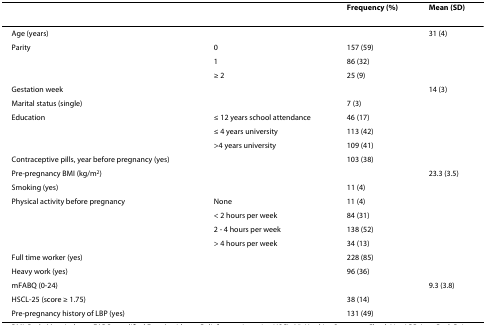
|  |  | Frequency (%) | Mean (SD) |
 | --- | --- | --- | --- |
 | Age (years) |  |  | 31 (4) |
 | Parity | 0 | 157 (59) |  |
 |  | 1 | 86 (32) |  |
 |  | ≥ 2 | 25 (9) |  |
 | Gestation week |  |  | 14 (3) |
 | Marital status (single) |  | 7 (3) |  |
 | Education | ≤ 12 years school attendance | 46 (17) |  |
 |  | ≤ 4 years university | 113 (42) |  |
 |  | >4 years university | 109 (41) |  |
 | Contraceptive pills, year before pregnancy (yes) |  | 103 (38) |  |
 | Pre-pregnancy BMI (kg/m2) |  |  | 23.3 (3.5) |
 | Smoking (yes) |  | 11 (4) |  |
 | Physical activity before pregnancy | None | 11 (4) |  |
 |  | < 2 hours per week | 84 (31) |  |
 |  | 2 - 4 hours per week | 138 (52) |  |
 |  | > 4 hours per week | 34 (13) |  |
 | Full time worker (yes) |  | 228 (85) |  |
 | Heavy work (yes) |  | 96 (36) |  |
 | mFABQ (0-24) |  |  | 9.3 (3.8) |
 | HSCL-25 (score ≥ 1.75) |  | 38 (14) |  |
 | Pre-pregnancy history of LBP (yes) |  | 131 (49) |  |